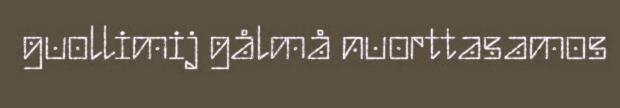
guollimij gålmå nuorttasamos